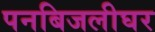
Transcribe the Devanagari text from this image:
पनबिजलीघर